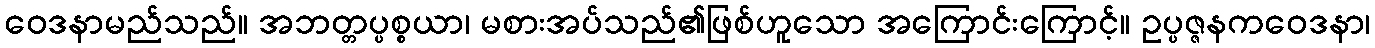
ဝေဒနာမည်သည်။ အဘတ္တပ္ပစ္စယာ၊ မစားအပ်သည်၏ဖြစ်ဟူသော အကြောင်းကြောင့်။ ဥပ္ပဇ္ဇနကဝေဒနာ၊